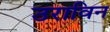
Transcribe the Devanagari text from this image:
उराविन